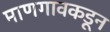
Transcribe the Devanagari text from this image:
माणगावकडून